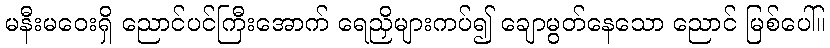
မနီးမဝေးရှိ ညောင်ပင်ကြီးအောက် ရေညှိများကပ်၍ ချောမွတ်နေသော ညောင် မြစ်ပေါ်။